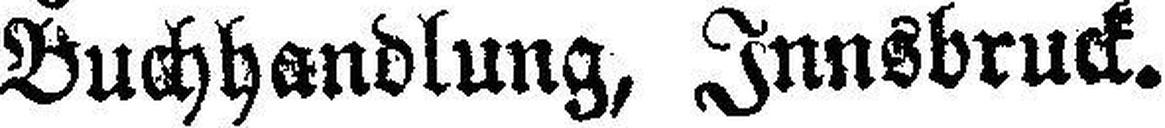
Buchhandlung, Innsbruck.